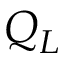
Q _ { L }